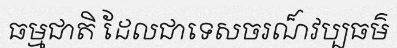
ធម្មជាតិ ដែលជាទេសចរណ៏វប្បធម៌